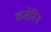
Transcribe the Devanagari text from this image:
कसेरिन